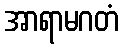
အာရာမဂတံ